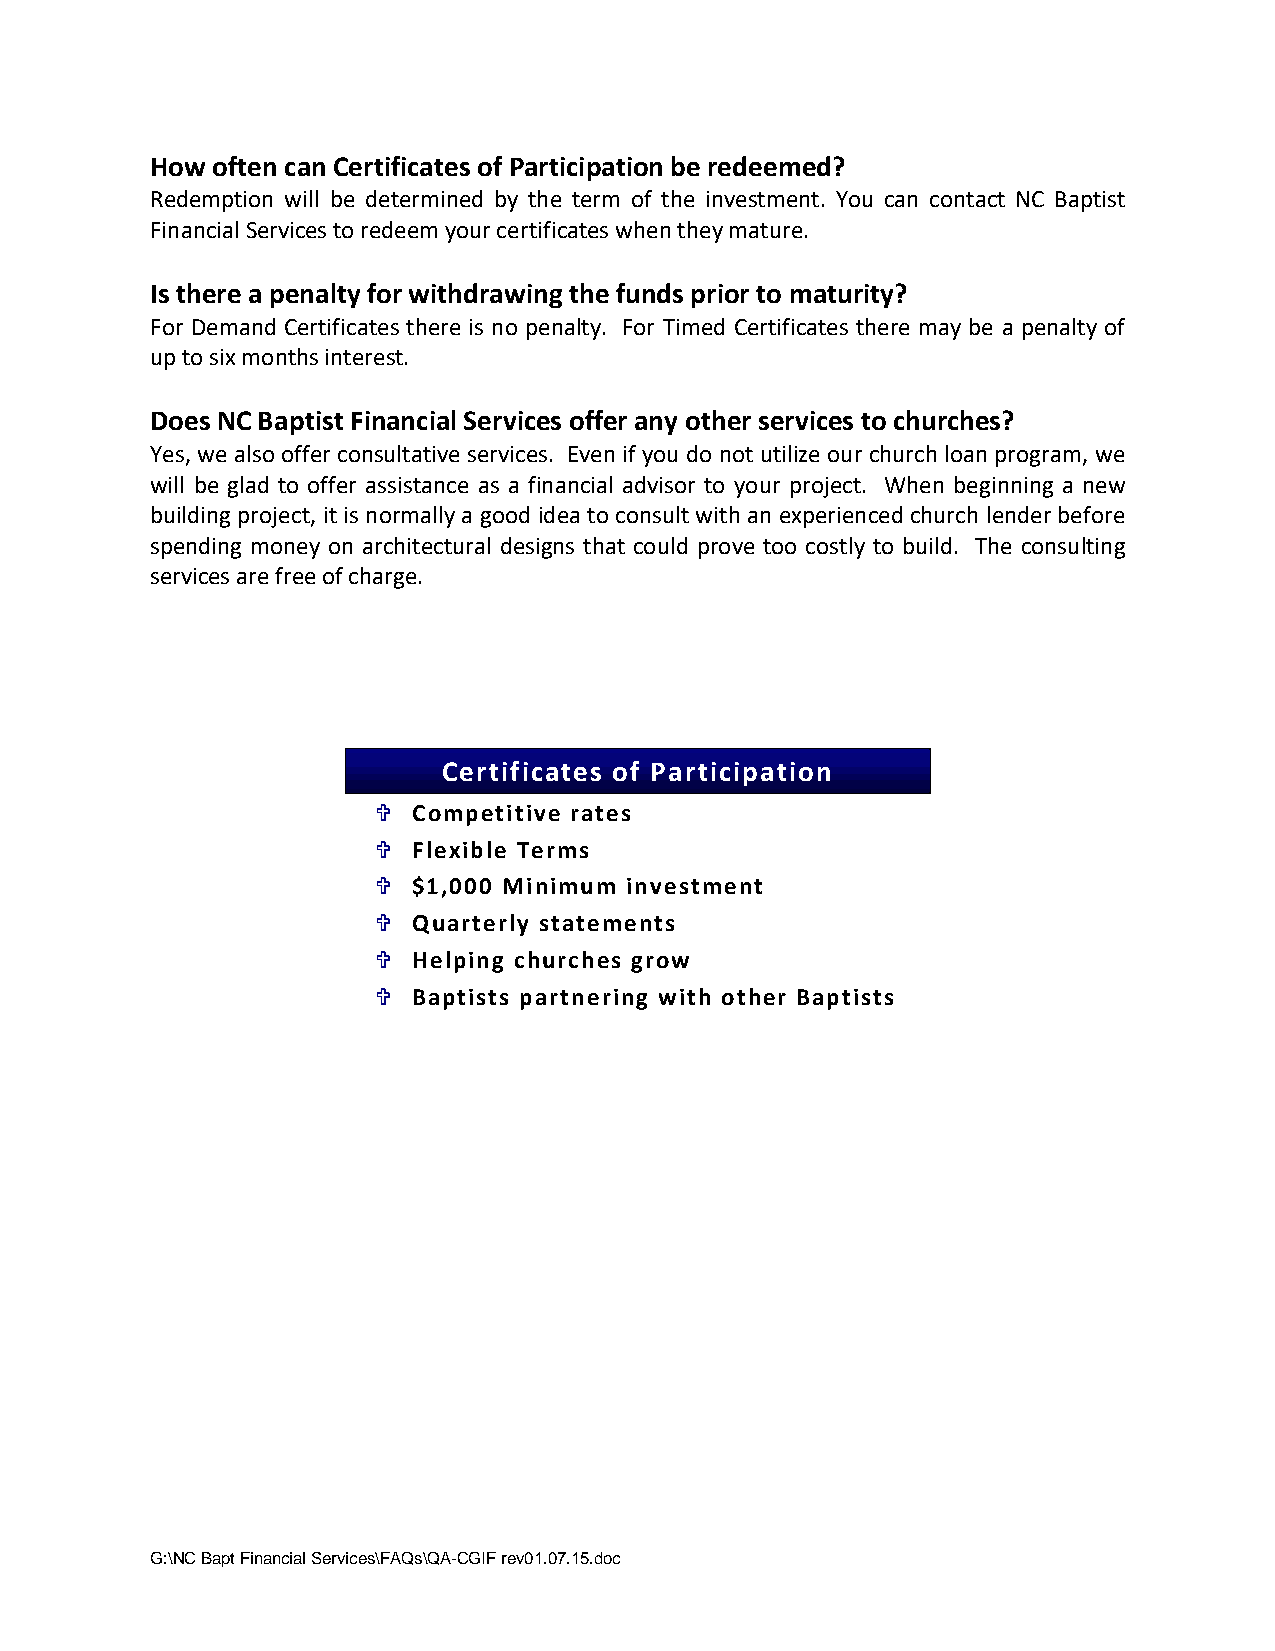
How often can Certificates of Participation be redeemed?
 Redemption will be determined by the term of the investment. You can contact NC Baptist
 Financial Services to redeem your certificates when they mature.
 Is there a penalty for withdrawing the funds prior to maturity?
 For Demand Certificates there is no penalty. For Timed Certificates there may be a penalty of
 up to six months interest.
 Does NC Baptist Financial Services offer any other services to churches?
 Yes, we also offer consultative services. Even if you do not utilize our church loan program, we
 will be glad to offer assistance as a financial advisor to your project. When beginning a new
 building project, it is normally a good idea to consult with an experienced church lender before
 spending money on architectural designs that could prove too costly to build. The consulting
 services are free of charge.
 Certificates of Participation
  Competitive rates
  Flexible Terms
  $1,000 Minimum investment
  Quarterly statements
  Helping churches grow
  Baptists partnering with other Baptists
 G:\NC Bapt Financial Services\FAQs\QA-CGIF rev01.07.15.doc